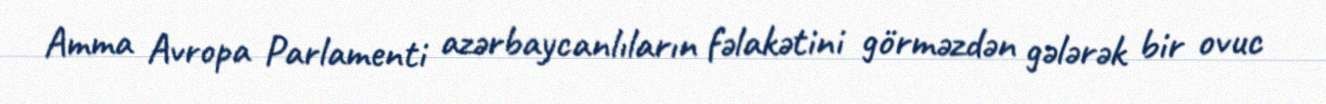
Amma Avropa Parlamenti azərbaycanlıların fəlakətini görməzdən gələrək bir ovuc